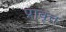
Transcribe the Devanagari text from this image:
प्रावृत्त